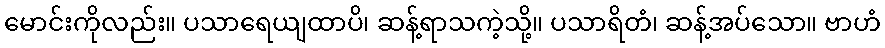
မောင်းကိုလည်း။ ပသာရေယျထာပိ၊ ဆန့်ရာသကဲ့သို့။ ပသာရိတံ၊ ဆန့်အပ်သော။ ဗာဟံ